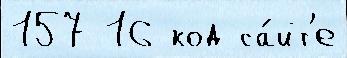
157 16 код са́йт'е